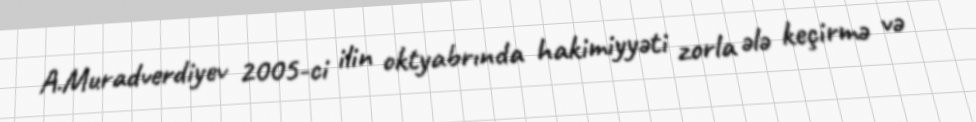
A.Muradverdiyev 2005-ci ilin oktyabrında hakimiyyəti zorla ələ keçirmə və